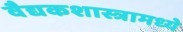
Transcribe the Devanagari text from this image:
वैद्यकशास्त्रामध्ये